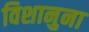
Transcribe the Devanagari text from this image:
विशानुना